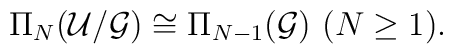
\Pi_N({\cal U}/{\cal G})\cong\Pi_{N-1}({\cal G})~ (N\geq 1).